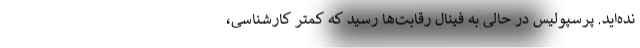
نده‌اید. پرسپولیس در حالی به فینال رقابت‌ها رسید که کمتر کارشناسی،